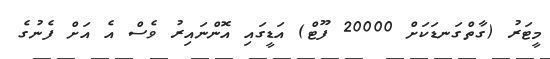
މީޓަރު (ގާތްގަނޑަކަށް 20000 ފޫޓް) އަޑީގައި އޮންނައިރު ވެސް އެ އަށް ފެނުގެ